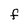
Character: F